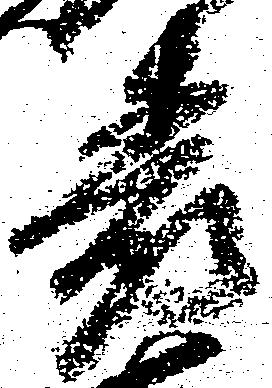
表